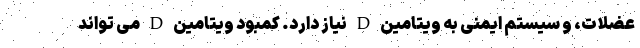
عضلات، و سیستم ایمنی به ویتامین D نیاز دارد. کمبود ویتامین D می تواند